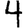
Digit: 4